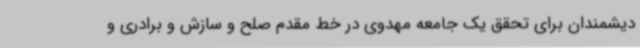
دیشمندان برای تحقق یک جامعه مهدوی در خط مقدم صلح و سازش و برادری و